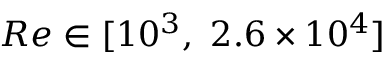
R e \in [ 1 0 ^ { 3 } , ~ 2 . 6 \times 1 0 ^ { 4 } ]